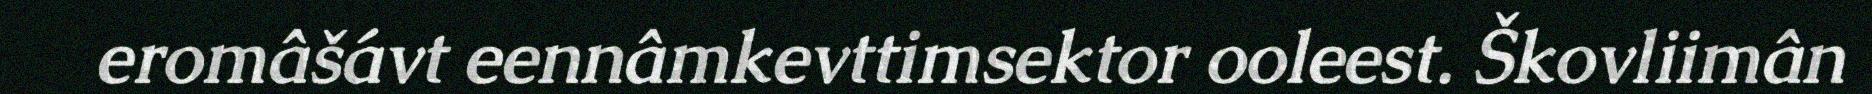
eromâšávt eennâmkevttimsektor ooleest. Škovliimân